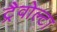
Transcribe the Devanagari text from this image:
ट्रैवोल्टा